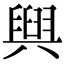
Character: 𮍰